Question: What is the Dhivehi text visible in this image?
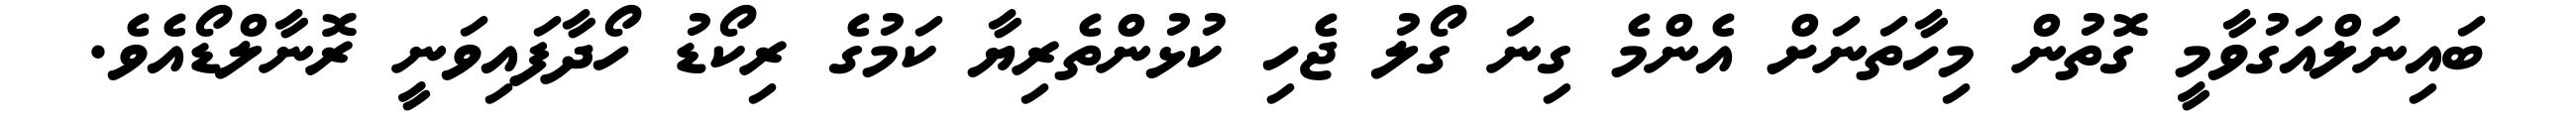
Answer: ބައިނަލްއަގުވާމީ ގޮތުން މިހާތަނަށް އެންމެ ގިނަ ގޯލު ޖެހި ކުޅުންތެރިޔާ ކަމުގެ ރިކޯޑު ހޯދާފައިވަނީ ރޮނާލްޑޯއެވެ.